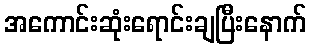
အကောင်းဆုံးရောင်းချပြီးနောက်